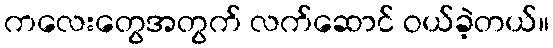
ကလေးတွေအတွက် လက်ဆောင် ဝယ်ခဲ့တယ်။